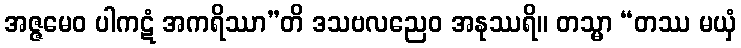
အဇ္ဇမေဝ ပါကဋံ အကရိဿာ”တိ ဒသဗလညေဝ အနုဿရိ။ တသ္မာ “တဿ မယှံ